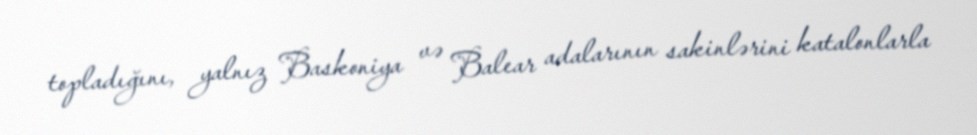
topladığını, yalnız Baskoniya və Balear adalarının sakinlərini katalonlarla